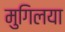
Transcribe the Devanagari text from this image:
मुगिलया